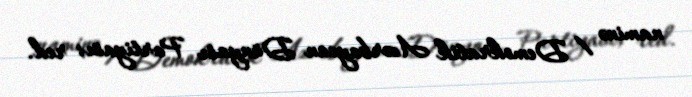
naminə / Demokratik Azərbaycan Dünyası Partiyası; red.